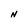
Character: N